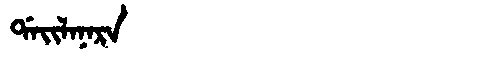
Manchu: ᡩᠠᡳᠯᠠᠨᠠᡵᠠ
Romanization: DAILANARA